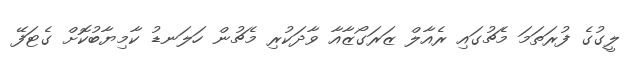
ލީގުގެ ފުރަތަމަ މެޗުގައި ރެއާލް ޒަރަގޯޒާއާ ވާދަކުރި މެޗުން ހަލަނޑު ކާމިޔާބުކޮށް ގެޓަފޭ